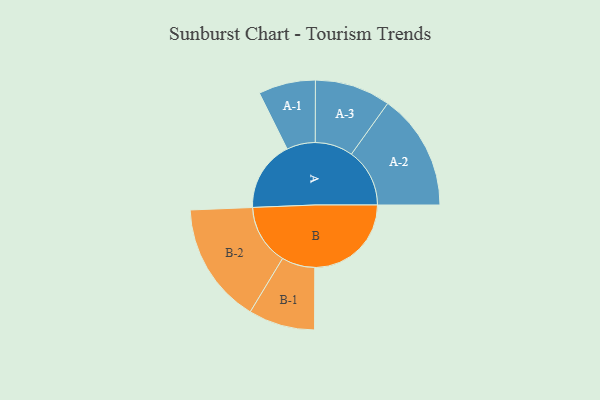
{"axis": {"x": "Segment", "y": "Value"}, "legend": ["", "A", "B"], "data": [{"x": "A", "y": 346, "type": ""}, {"x": "B", "y": 474, "type": ""}, {"x": "A-1", "y": 140, "type": "A"}, {"x": "A-2", "y": 286, "type": "A"}, {"x": "A-3", "y": 186, "type": "A"}, {"x": "B-1", "y": 163, "type": "B"}, {"x": "B-2", "y": 297, "type": "B"}]}